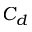
C _ { d }